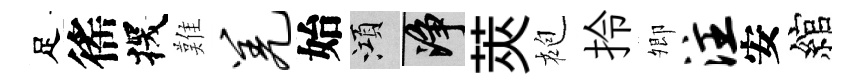
足徭探難羌始澒净莢袍拎𡖖注安綰